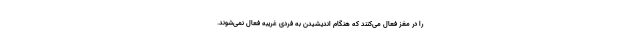
را در مغز فعال می‌کنند که هنگام اندیشیدن به فردی غریبه فعال نمی‌شوند.